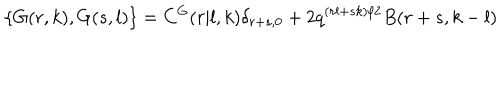
\hspace { - 1 3 0 p t } \{ G ( r , k ) , G ( s , l ) \} = C ^ { G } ( r \vert l , k ) \delta _ { r + s , 0 } + 2 q ^ { ( r l + s k ) / 2 } B ( r + s , k - l )